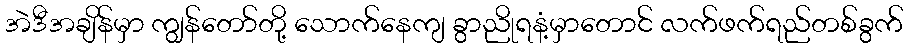
အဲဒီအချိန်မှာ ကျွန်တော်တို့ သောက်နေကျ ခွာညိုရနံ့မှာတောင် လက်ဖက်ရည်တစ်ခွက်